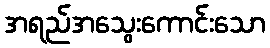
အရည်အသွေးကောင်းသော